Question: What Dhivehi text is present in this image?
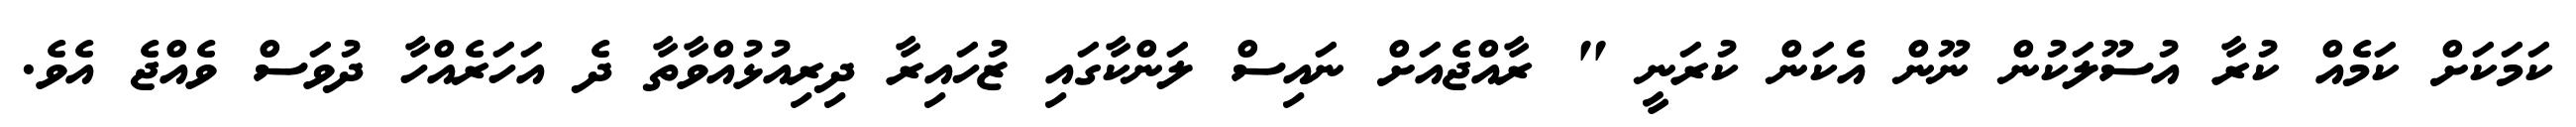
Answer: ކަމަކަށް ކަމެއް ކުރާ އުސޫލަކުން ނޫން އެކަން ކުރަނީ " ރާއްޖެއަށް ނައިސް ލަންކާގައި ޒުހައިރާ ދިރިއުޅުއްވާތާ ދެ އަހަރެއްހާ ދުވަސް ވެއްޖެ އެވެ.